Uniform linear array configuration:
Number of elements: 4
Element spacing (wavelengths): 0.25
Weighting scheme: uniform
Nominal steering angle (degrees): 30
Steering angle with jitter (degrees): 28.08
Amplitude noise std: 0.05
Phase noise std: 0.05

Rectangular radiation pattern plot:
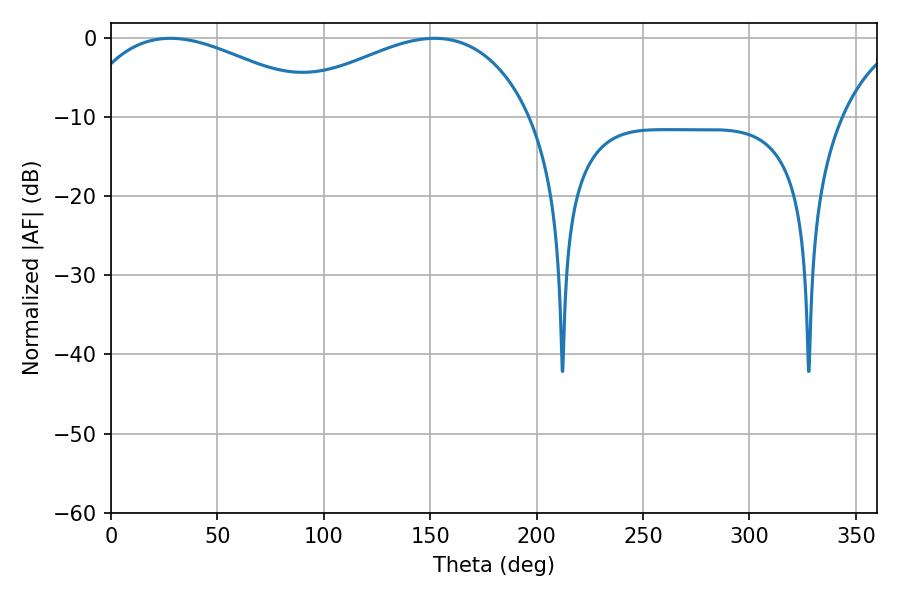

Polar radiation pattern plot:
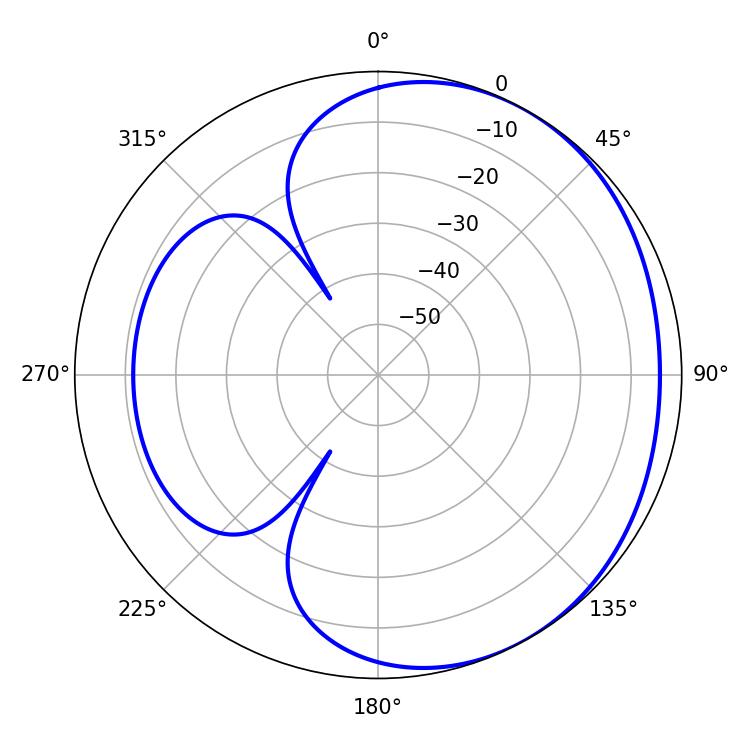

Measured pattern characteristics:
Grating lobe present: FALSE
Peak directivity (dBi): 2.359
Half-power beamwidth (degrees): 66.06
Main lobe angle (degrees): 27.9